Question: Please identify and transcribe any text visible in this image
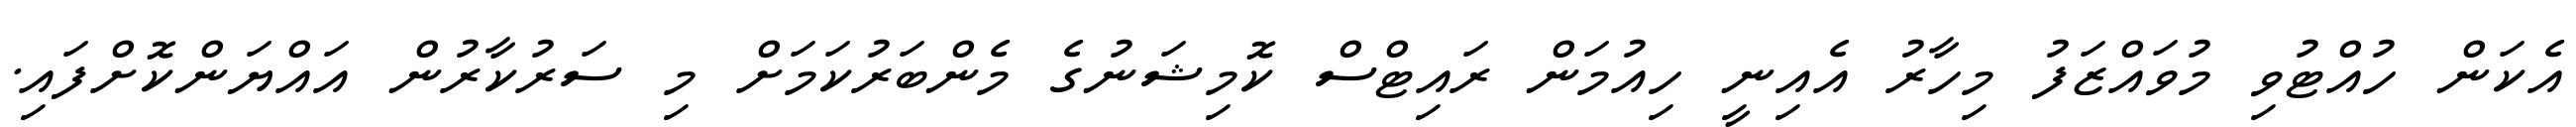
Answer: އެކަން ހުއްޓުވި މުވައްޒަފު މިހާރު އެއިނީ ހިއުމަން ރައިޓްސް ކޮމިޝަނުގެ މެންބަރުކަމަށް މި ސަރުކާރުން އައްޔަންކޮށްފައި.